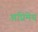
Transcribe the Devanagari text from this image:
अप्रिमेय